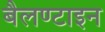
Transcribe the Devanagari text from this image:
बैलण्टाइन